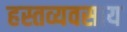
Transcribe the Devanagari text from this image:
हस्तव्यवसाय